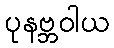
ပုနဗ္ဘဝါယ